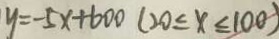
y = - 5 x + 6 0 0 ( 2 0 \leq x \leq 1 0 0 )